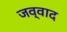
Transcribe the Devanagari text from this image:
जव्वाद